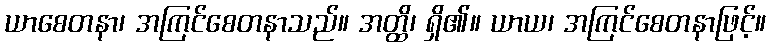
ယာစေတနာ၊ အကြင်စေတနာသည်။ အတ္ထိ၊ ရှိ၏။ ယာယ၊ အကြင်စေတနာဖြင့်။